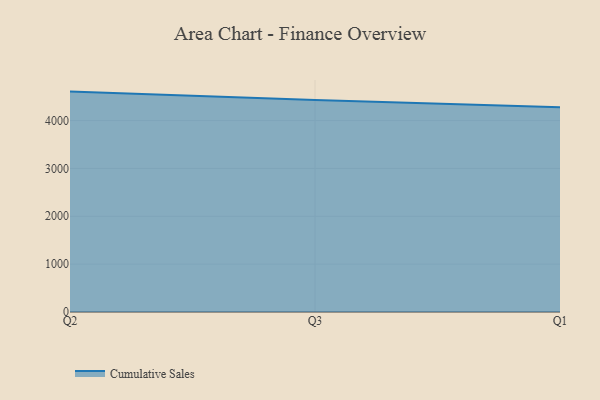
{"axis": {"x": "Quarter", "y": "Temperature (°C)"}, "legend": ["Cumulative Sales"], "data": [{"x": "Q2", "y": 4605.5, "type": "Cumulative Sales"}, {"x": "Q3", "y": 4431.0, "type": "Cumulative Sales"}, {"x": "Q1", "y": 4277.6, "type": "Cumulative Sales"}]}